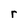
Character: r